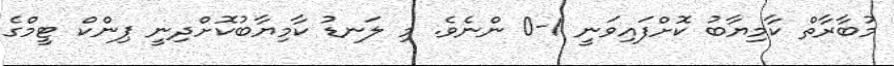
މުބާރާތް ކާމިޔާބު ކޮށްފައިވަނީ 1-0 ންނެވެ. މި ލަނޑު ކާމިޔާބުކޮށްދިނީ ޕިންކް ޓީމްގެ